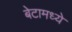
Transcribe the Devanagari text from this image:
बेटामध्ये